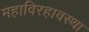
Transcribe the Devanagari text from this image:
महाविरहावस्था